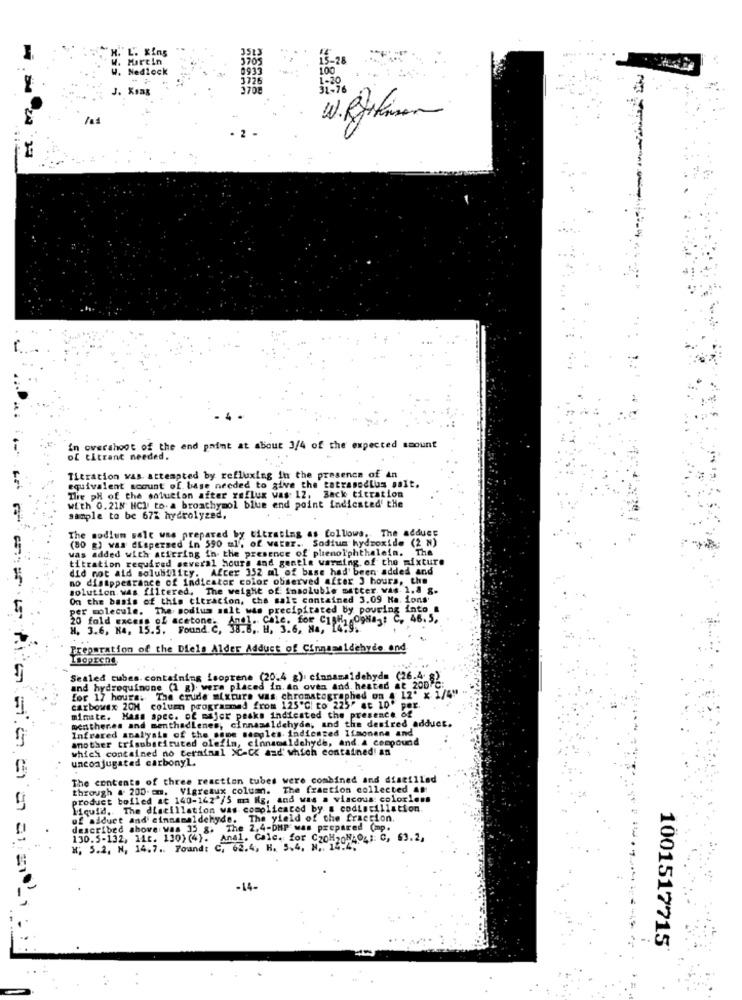
H. L. Xins
W. Martin
3705
15-28
W. Nedlock
0933
100
3726
1-20
J. Kong
3708
31-76
/as
overshoot of the end point at about 3/4 of the expected amount
of cltrant needed.
Titration was attempted by refluxing in the presence of An
equivalent scount of base needed to give the tatransdius salt.
The pH of the solution after reflux was 12, Back titration
with 0.218 HCl to. a bromthymol blue end point indicated' the
Sample to be 677 hydrolyzed.
The modium salc was prepared by titrating as follows. The adduct
(80 g) was dispersed in 590 ul, of water .. Sodium hydroxide (2 N)
was added with stirring in the presence of phenolphthalein. The
titration required several hours and gentle warming, of the mixture
did not aid solubility. After 352 ml of base had' been added and
no disappearance of indicator color observed after J hours, the
solution. was filtered, The weight of insoluble matter. was 1.8 g.
On the basis of this titration, che salg contained 3.09 Ha. ions'
per molecule. The sodium salt was precipitated by pouring into
20 fold excess of acetone.
M. 3.6, K4, 15.5. Found. C, 38.8, H, 3.6, Ha, "("agoodat C,
Preparation of the Diels Alder Adduct of Cinnamaldehyde end
Isoprene
Sealed cubes. containing Isoprene (20.4 g), cinnamaldehyde (26.4 8)
and hydroquinone (1 g). were placed in. an oven and. heated at 200 ℃
for 17 hours. The crude mixture was chromatographed on . 12' x 1/4"
carbowex 20M column programmed from 125"℃! to 225" at 10. p
mentheres and menthadlenes, cinnamaldehyde, and the desired adduct.
minute. Mass spec. of majer peaks indicated the presence of
Infrared analysis of the same samples. indicazed Ifmonana and
another trisubstituted olefin, cinnamaldehyde, and. A compound
which contained no terminal XC-CK aad' which contained! an
unconjugated carbonyl.
The contents of three reaction tubes were combined and distilled
through . 200.om. Vigreaux column. The fraction collected an
product boiled at 140-142 /5 ma Ig, and was a viscous: colorless
liquid .. The distillation was complicated by @ codistillation
of aiduct and' einnamaldehyde.
The yield of the fraccion.
described above was 35 &.
The 2,4-DMP was prepared (mp.
130.5-132, 11c. 130) (4). Anal. Calc. for CzoH2oNŁO4; C, 63.2.
H; 5.2, N, 14.7 .. Found: C, 62.4, H. 5.4, N ,, 14.4.
-14-
1001517715